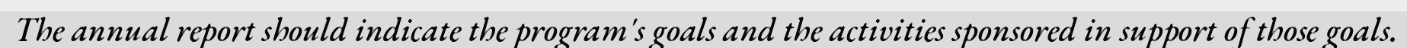
The annual report should indicate the program's goals and the activities sponsored in support of those goals.